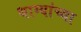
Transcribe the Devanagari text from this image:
धाग्यांच्या